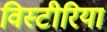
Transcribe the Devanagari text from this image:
विस्टीरिया